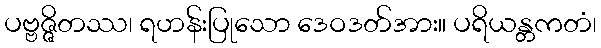
ပဗ္ဗဇ္ဇိတဿ၊ ရဟန်းပြုသော ဒေဝဒတ်အား။ ပရိယန္တကတံ၊